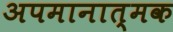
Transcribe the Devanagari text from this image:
अपमानात्मक